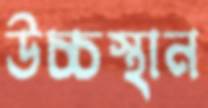
উচ্চস্থান